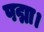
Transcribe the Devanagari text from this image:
पद्मा।